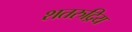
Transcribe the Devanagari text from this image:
शतरुद्रिय